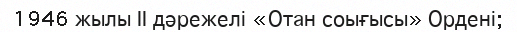
1946 жылы ІІ дәрежелі «Отан соығысы» Ордені;